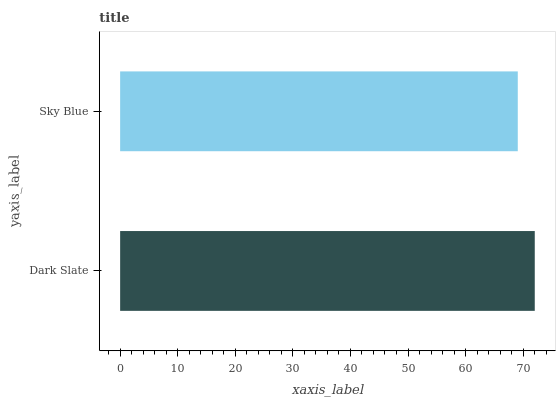
| yaxis_label | bars |
 | --- | --- |
 | Dark Slate | 72 |
 | Sky Blue | 69.1 |